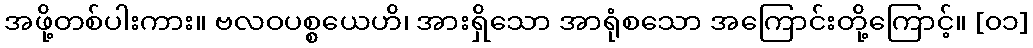
အဖို့တစ်ပါးကား။ ဗလဝပစ္စယေဟိ၊ အားရှိသော အာရုံစသော အကြောင်းတို့ကြောင့်။ [၀၁]